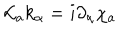
{ \cal L } _ { a } k _ { \alpha } = i \partial _ { \alpha } \chi _ { a }